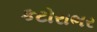
કટોરાભર